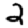
Digit: 2